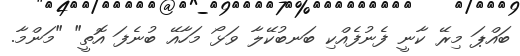
ބައްޕަ މިރޭ ކާނީ ފެނުފެއްކި ބަނބުކޭލާ ވަޅޯ މަހާއޭ ބުނެފަ އޮތީ" "މަންމާ.